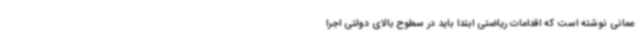
عمانی نوشته است که اقدامات ریاضتی ابتدا باید در سطوح بالای دولتی اجرا